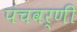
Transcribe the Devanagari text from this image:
पंचवर्णी